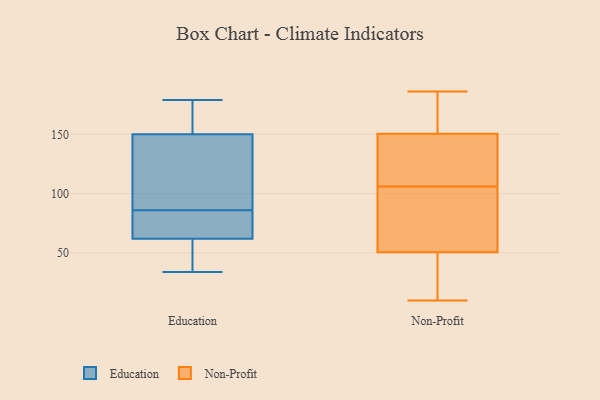
{"axis": {"x": "Waste Production (Tons)", "y": "Value"}, "legend": ["Education", "Non-Profit"], "data": [{"x": "", "y": 119, "type": "Education"}, {"x": "", "y": 54, "type": "Education"}, {"x": "", "y": 115, "type": "Education"}, {"x": "", "y": 36, "type": "Education"}, {"x": "", "y": 169, "type": "Education"}, {"x": "", "y": 44, "type": "Education"}, {"x": "", "y": 77, "type": "Education"}, {"x": "", "y": 34, "type": "Education"}, {"x": "", "y": 82, "type": "Education"}, {"x": "", "y": 88, "type": "Education"}, {"x": "", "y": 163, "type": "Education"}, {"x": "", "y": 179, "type": "Education"}, {"x": "", "y": 165, "type": "Education"}, {"x": "", "y": 84, "type": "Education"}, {"x": "", "y": 137, "type": "Education"}, {"x": "", "y": 70, "type": "Education"}, {"x": "", "y": 137, "type": "Non-Profit"}, {"x": "", "y": 110, "type": "Non-Profit"}, {"x": "", "y": 91, "type": "Non-Profit"}, {"x": "", "y": 13, "type": "Non-Profit"}, {"x": "", "y": 186, "type": "Non-Profit"}, {"x": "", "y": 17, "type": "Non-Profit"}, {"x": "", "y": 61, "type": "Non-Profit"}, {"x": "", "y": 99, "type": "Non-Profit"}, {"x": "", "y": 161, "type": "Non-Profit"}, {"x": "", "y": 40, "type": "Non-Profit"}, {"x": "", "y": 144, "type": "Non-Profit"}, {"x": "", "y": 10, "type": "Non-Profit"}, {"x": "", "y": 102, "type": "Non-Profit"}, {"x": "", "y": 152, "type": "Non-Profit"}, {"x": "", "y": 118, "type": "Non-Profit"}, {"x": "", "y": 180, "type": "Non-Profit"}, {"x": "", "y": 27, "type": "Non-Profit"}, {"x": "", "y": 166, "type": "Non-Profit"}, {"x": "", "y": 67, "type": "Non-Profit"}, {"x": "", "y": 149, "type": "Non-Profit"}]}